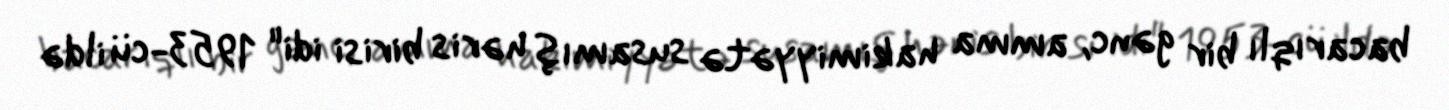
bacarıqlı bir gənc, amma hakimiyyətə susamış həris birisi idi" 1953-cü ildə